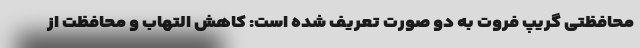
محافظتی گریپ فروت به دو صورت تعریف شده است: کاهش التهاب و محافظت از